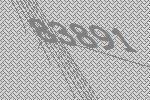
83891